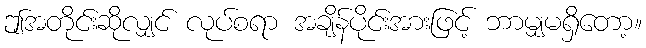
ဤအတိုင်းဆိုလျှင် လုပ်စရာ အချိန်ပိုင်းအားဖြင့် ဘာမျှမရှိတော့။